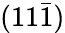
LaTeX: (11\bar{1})